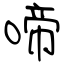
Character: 啼